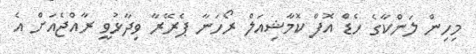
މިހިން ލަންކާގެ ހެޑް އޮފް ކޮމާޝިއަލް ރޯހަނާ ޕެރޭރާ ވިދާޅުވީ ރާއްޖެއަށް އެ